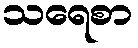
သရေစာ